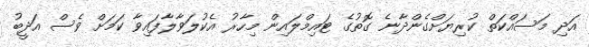
އަދި މަސައްކަތް ކުރިޔަށްގެންދާނެ ގޮތުގެ ޓައިމްލައިން މިހާރު އެކުލަވާލާފައިވާ ކަމަށް ވެސް އަދީބު